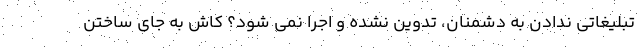
تبلیغاتی ندادن به دشمنان، تدوین نشده و اجرا نمی شود؟ کاش به جای ساختن